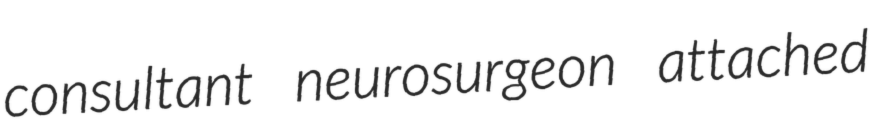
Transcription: consultant neurosurgeon attached